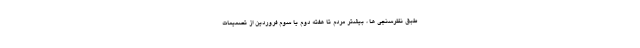
طبق نظرسنجی ها ، بیشتر مردم تا هفته دوم یا سوم فروردین از تصمیمات